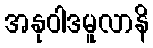
အနုဝါဒမူလာနိ